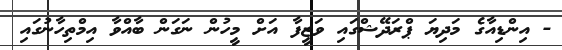
- އިންޑިއާގެ މަދިޔަ ޕްރަދޭޝްގައި ވަޒީފާ އަށް މީހުން ނަގަން ބާއްވާ އިމްތިހާނުގައި